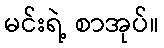
မင်းရဲ့ စာအုပ်။